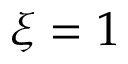
\xi = 1